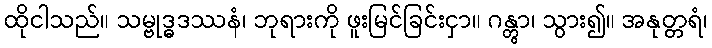
ထိုငါသည်။ သမ္ဗုဒ္ဓဒဿနံ၊ ဘုရားကို ဖူးမြင်ခြင်းငှာ။ ဂန္တွာ၊ သွား၍။ အနုတ္တရံ၊